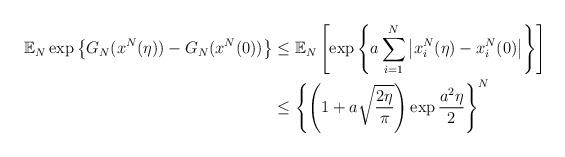
LaTeX: \begin{align*}\mathbb{E}_{N}\exp\left\{ G_{N}(x^{N}(\eta))-G_{N}(x^{N}(0))\right\} & \le\mathbb{E}_{N}\left[\exp\left\{ a\sum_{i=1}^{N}\left|x_{i}^{N}(\eta)-x_{i}^{N}(0)\right|\right\} \right] \\ & \le\left\{ \left(1+a\sqrt{\frac{2\eta}{\pi}}\right)\exp\frac{a^{2}\eta}{2}\right\} ^{N}\end{align*}